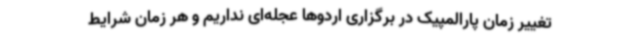
تغییر زمان پارالمپیک در برگزاری اردوها عجله‌ای نداریم و هر زمان شرایط